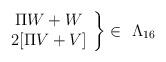
LaTeX: \begin{align*}\left.\begin{array}{c}\Pi W+ W \\2[\Pi V +V]\end{array} \right \}\in \ \Lambda _{16}\end{align*}